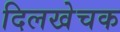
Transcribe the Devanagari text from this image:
दिलखेचक